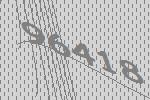
96418